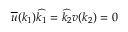
\overline { { { u } } } ( k _ { 1 } ) \widehat { k _ { 1 } } = \widehat { k _ { 2 } } v ( k _ { 2 } ) = 0